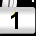
Digit: 1